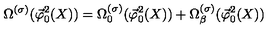
\Omega ^ { ( \sigma ) } ( \vec { \varphi } _ { 0 } ^ { 2 } ( X ) ) = \Omega _ { 0 } ^ { ( \sigma ) } ( \vec { \varphi } _ { 0 } ^ { 2 } ( X ) ) + \Omega _ { \beta } ^ { ( \sigma ) } ( \vec { \varphi } _ { 0 } ^ { 2 } ( X ) )